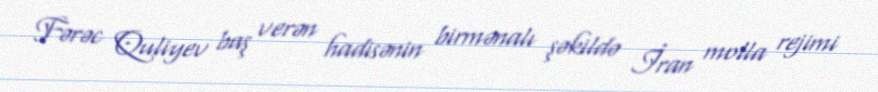
Fərəc Quliyev baş verən hadisənin birmənalı şəkildə İran molla rejimi